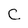
Character: C